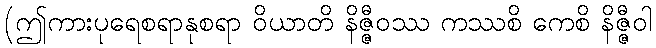
(ဤကားပုရေစရာနုစရာ ဝိယာတိ နိဇ္ဇီဝဿ ကဿစိ ကေစိ နိဇ္ဇီဝါ